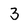
Character: 3